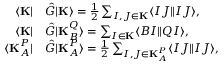
\begin{array} { r l } { \langle \mathbf { K } | } & { { } \hat { G } | \mathbf { K } \rangle = \frac { 1 } { 2 } \sum _ { I , J \in \mathbf { K } } \langle I J \| I J \rangle , } \\ { \langle \mathbf { K } | } & { { } \hat { G } | \mathbf { K } _ { B } ^ { Q } \rangle = \sum _ { I \in \mathbf { K } } \langle B I \| Q I \rangle , } \\ { \langle \mathbf { K } _ { A } ^ { P } | } & { { } \hat { G } | \mathbf { K } _ { A } ^ { P } \rangle = \frac { 1 } { 2 } \sum _ { I , J \in \mathbf { K } _ { A } ^ { P } } \langle I J \| I J \rangle , } \end{array}